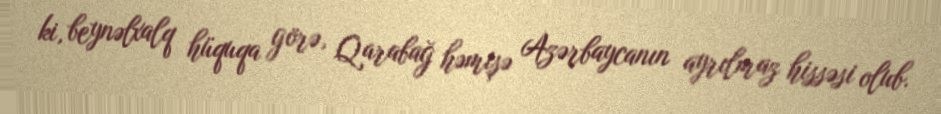
ki, beynəlxalq hüquqa görə, Qarabağ həmişə Azərbaycanın ayrılmaz hissəsi olub.